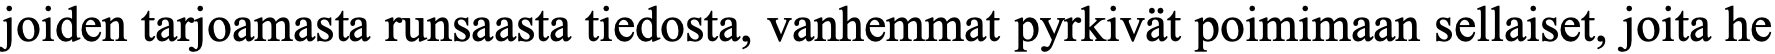
joiden tarjoamasta runsaasta tiedosta, vanhemmat pyrkivät poimimaan sellaiset, joita he